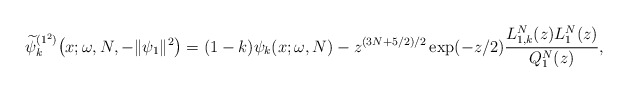
\begin{gather*} \widetilde{\psi }_{k}^{( 1^{2}) }\big(x;\omega ,N,- \Vert \psi _{1} \Vert ^{2}\big) = ( 1-k ) \psi _{k}(x;\omega,N) -z^{( 3N+5/2) /2}\exp ( -z/2) \frac{L_{1,k}^{N}(z) L_{1}^{N}(z) }{Q_{1}^{N}(z)},\end{gather*}